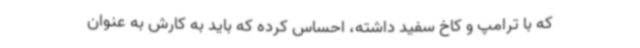
که با ترامپ و کاخ سفید داشته، احساس کرده که باید به کارش به عنوان